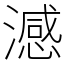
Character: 澸